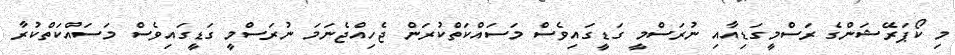
މި ކޯޕަރޭޝަންގެ ރަސްމީގަޑިއާއި ނުރަސްމީ ގަޑީގައިވެސް މަސައްކަތްކުރަން ޖެހިއްޖެނަމަ ނުރަސްމީ ގަޑީގައިވެސް މަސައްކަތްކުރާ